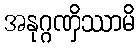
အနုဂ္ဂဏှိဿာမိ